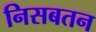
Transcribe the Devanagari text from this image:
निसबतन